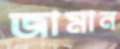
জামান